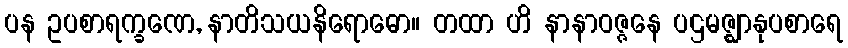
ပန ဥပစာရက္ခဏေ, နာတိသယနိရောဓော။ တထာ ဟိ နာနာဝဇ္ဇနေ ပဌမဇ္ဈာနုပစာရေ